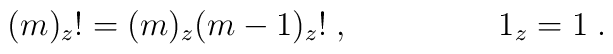
(m)_z! = (m)_z (m-1)_z! \; , \;\;\;\;\;\;\;\;\;\;\;\;\;\;\;\; 1_z=1 \; .\;\;\;\;\;\;\;\;\;\;\;